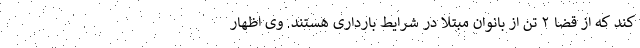
کند که از قضا ۲ تن از بانوان مبتلا در شرایط بارداری هستند. وی اظهار